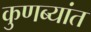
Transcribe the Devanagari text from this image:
कुणब्यांत